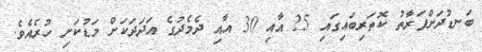
ބަނޑުދަށްފަރާތު ކޮތަރިބައިގައި 25 އާއި 30 އާއި ދެމެދުގެ އަދަދަކަށް މަޑުކަށި ހުރެއެވެ.